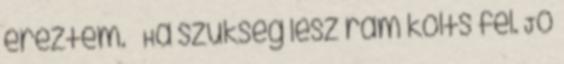
éreztem. – Ha szükség lesz rám költs fel. Jó